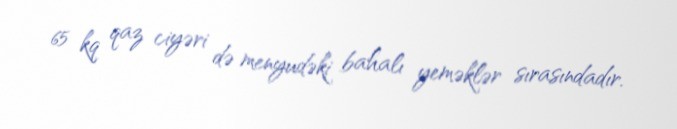
65 kq qaz ciyəri də menyudəki bahalı yeməklər sırasındadır.